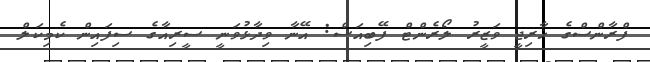
ފްރާންސްގެ ޚާރިޖީ ވަޒީރު ލޯރެންޓް ފޭބިއަސް: އޭނާ ވިދާޅުވަނީ ސީރިއާގެ ސިފައިން ކެމިކަލް